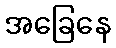
အခြေနေ